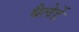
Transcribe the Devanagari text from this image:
बैलेर्डे